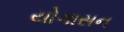
યોગાસન